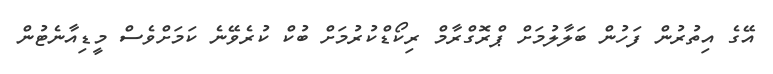
އޭގެ އިތުރުން ފަހުން ބަލާލުމަށް ޕްރޮގްރާމް ރިކޯޑްކުރުމަށް ބުކް ކުރެވޭނެ ކަމަށްވެސް މީޑިއާނެޓުން